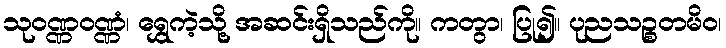
သုဝဏ္ဏဝဏ္ဏံ၊ ရွှေကဲ့သို့ အဆင်းရှိသည်ကို။ ကတွာ၊ ပြု၍။ ပုညသဉ္စတမိဝ၊